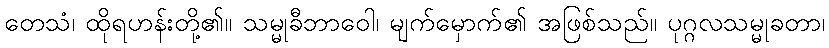
တေသံ၊ ထိုရဟန်းတို့၏။ သမ္မုခီဘာဝေါ၊ မျက်မှောက်၏ အဖြစ်သည်။ ပုဂ္ဂလသမ္မုခတာ၊